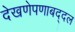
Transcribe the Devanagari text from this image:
देखणेपणाबद्दल